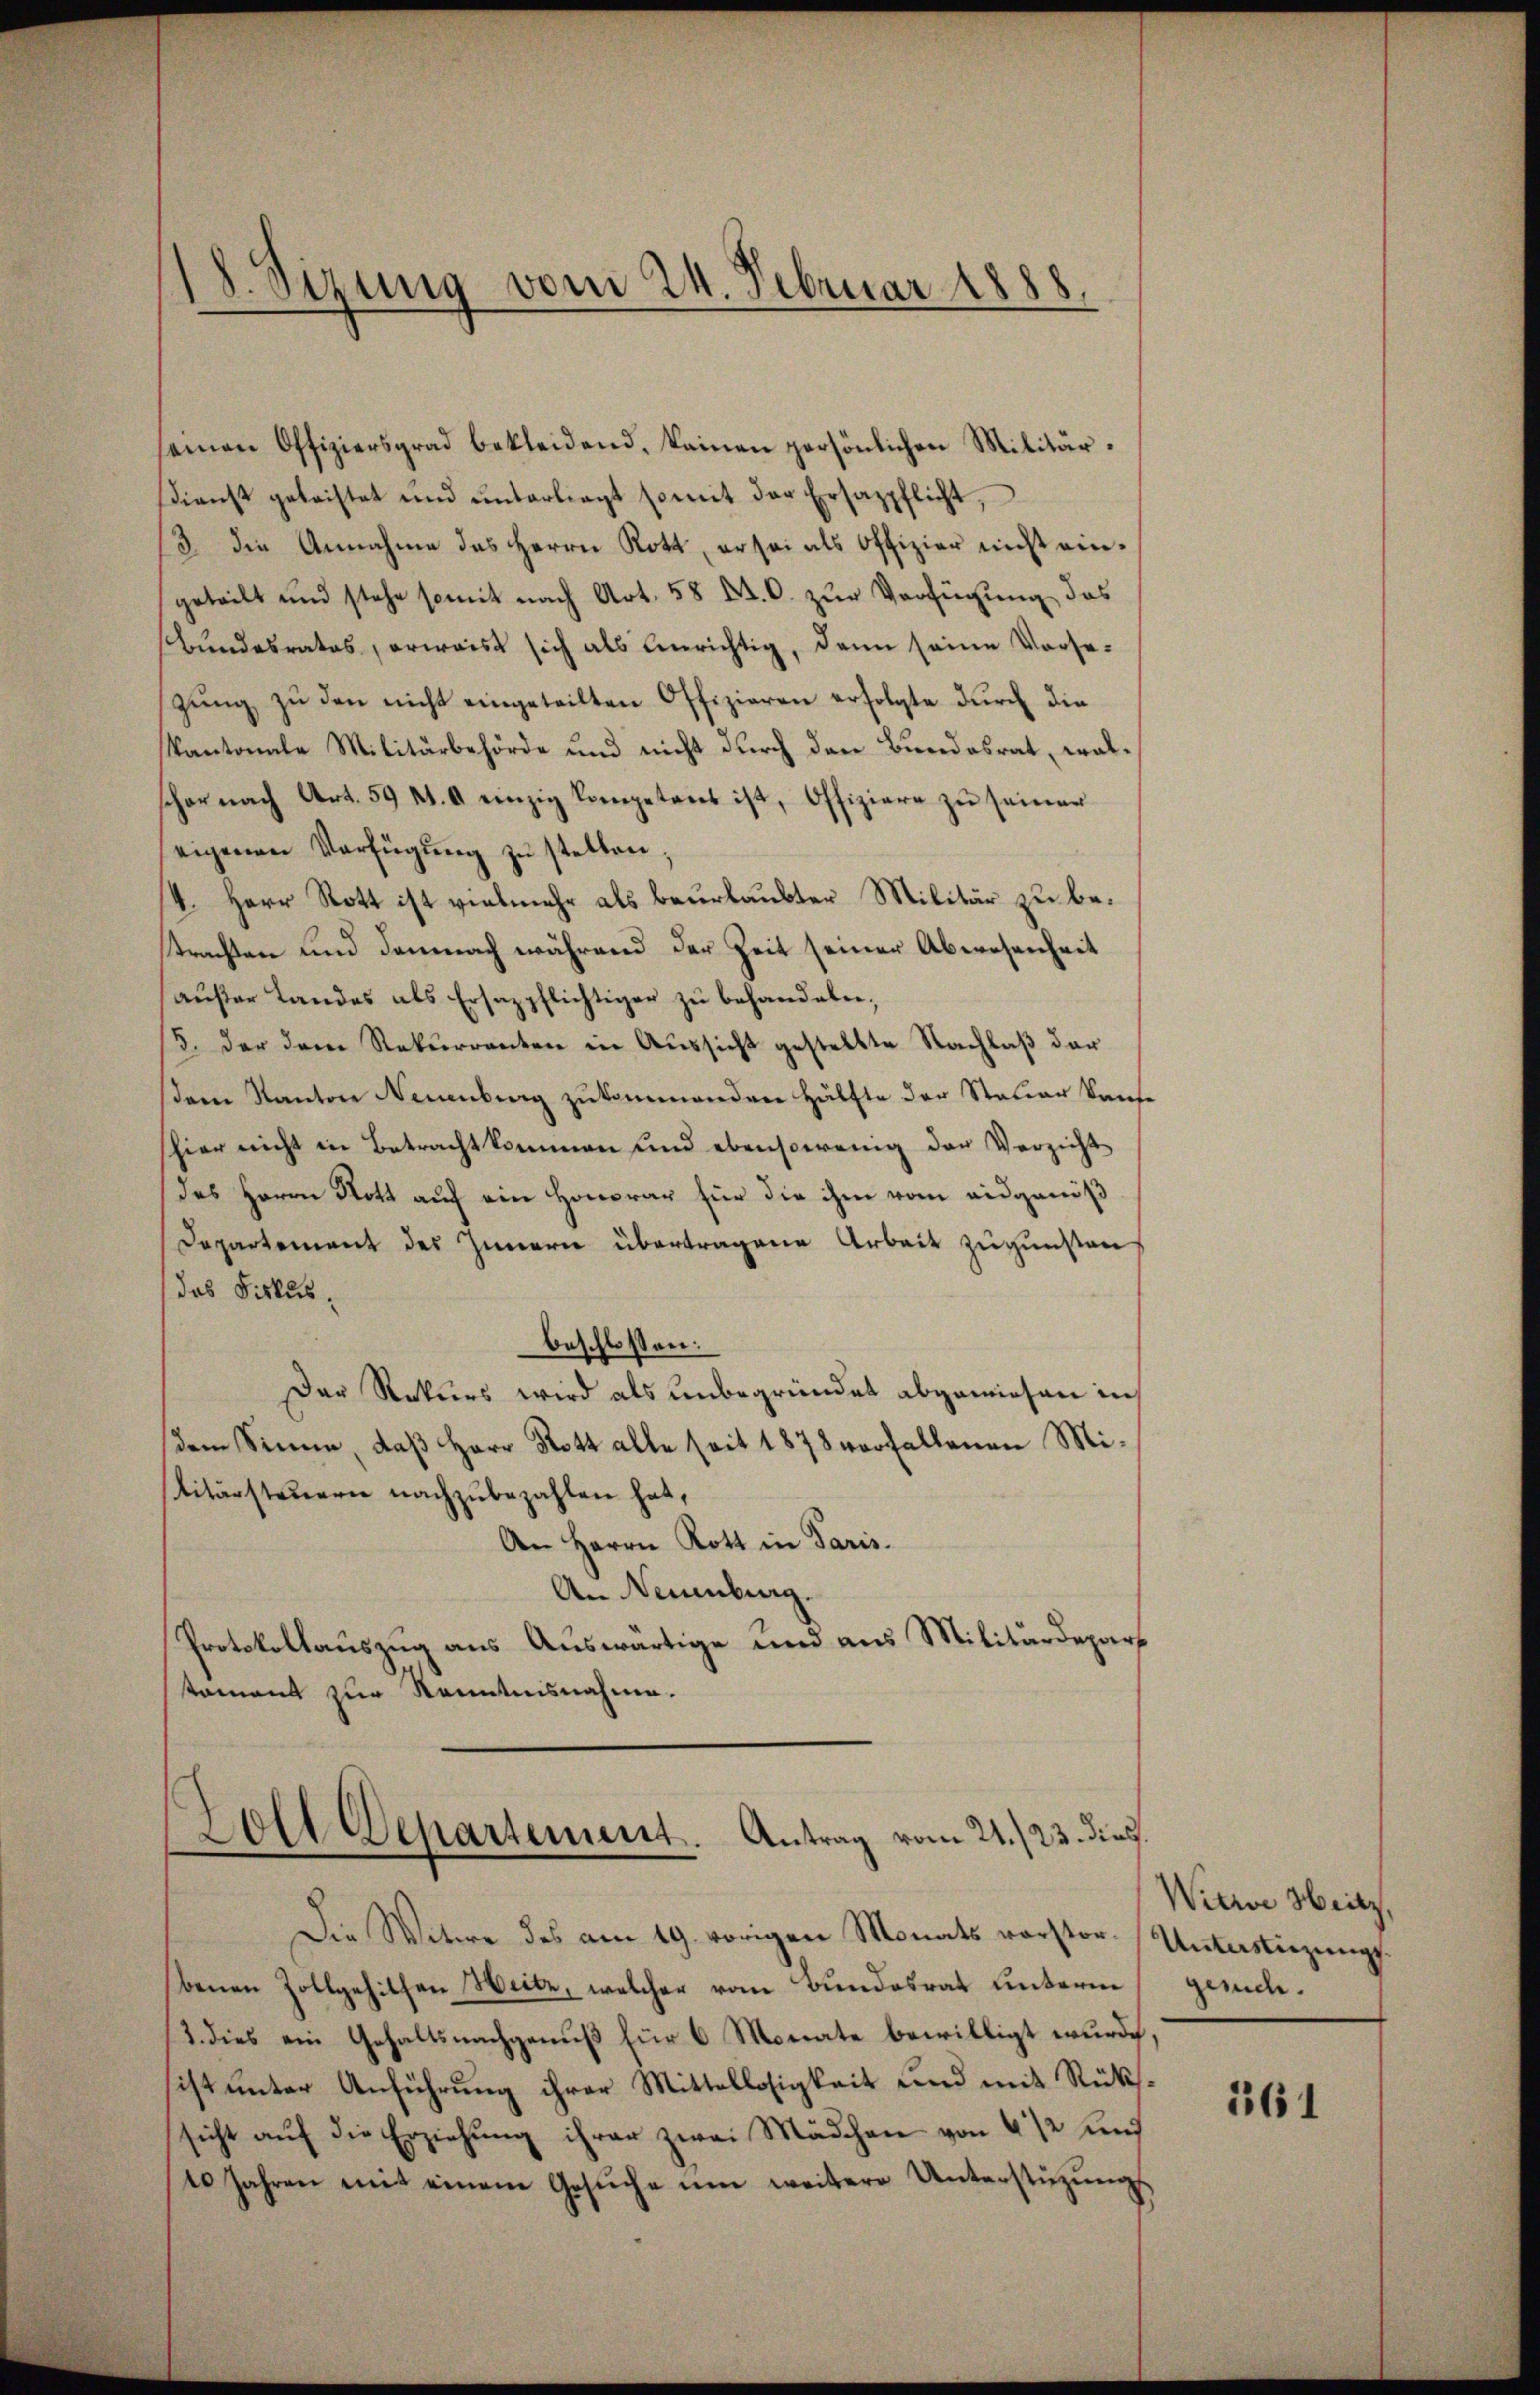
18. Sizung vom 24. Februar 1888.

einen Offiziersgrad bekleidend, keinen persönlichen Militärdienst geleistet und ŭnterliegt somit der Ersazpflicht,
3 die Annahme des Herrn Rott, er sei als Offizier nicht eingeteilt und stehe somit nach Art. 58 Kt. C. zur Verfügung des
bŭndesrates, erwaist sich als Unrichtig, dann seine Vorse-
zung zu den nicht eingeteilten Offizieren erfolgte durch die
Kantonale Militärbehörde und nicht durch den Bundesrat, walschon nach Art. 59 f. 6 einzig Kompetent ist, Offiziere zŭ seiner
eigenen Verfügŭng zŭ stellen.
4. Herr Rott ist vielmehr als beurlaubter Militär zu betrachten und demnach während der Zeit seiner Abwesenheit
außer Landes als Ersazpflichtiger zŭ behandeln,
5. der dem Rekurrenten in Aussicht gestellte Nachlaß der
sem Kanton Neuenburg zukommenden Hälfte der Steuer Kaufe
hier nicht in Betracht kommen und ebensowenig der Verzicht
des Herrn Nott auch ein Honorar für die ihm vom eidgenöß
Departement des Innern übertragene Arbeit zugunsten
das Diskusbeschlossen:
Der Rekurs wird als unbegründet abgewiesen in
dem Sinne, daβ Herr Rott alle seit 1878 vorfallenen Mi-
itärsteuern nachzubezahlen hat,
An Herrn Rott in Paris.
An Neuenburg.
Protokollauszug aus Auswärtige und aus Militärdepartament zur Kenntnisnahme.

Zoll Departement. Antrag vom 22./23. dies

Die Witwe des am 19. vorigen Monats vorstor. Unterliegungsbenen Zollgehithen Heile, welcher vom Bundesrat unterm
3. dies ein Gehaltsnachgenuß für 6 Monate bewilligt wurde.
sist unter Anführung ihrer Mittellosigkeit und mit Rückssicht aŭf die Erziehung ihrer zwei Mädchen von 4 1/2 und
10 Jahren mit einem Gesŭche ŭm weitere Unterstützŭngs

Witwe Heitz
gesuch.

161